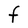
Character: F